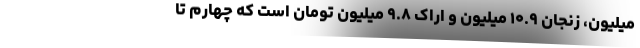
میلیون، زنجان ۱۰.۹ میلیون و اراک ۹.۸ میلیون تومان است که چهارم تا